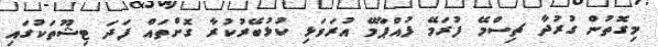
މިގޮތުން ގުރުދާ ޗިސްމޭ ފުރަމޭ ފުއްޕާމޭ އުރަވަޅި ކުޅުބޭރުކުރާ ގޮށްތައް ފަދަ ޓިޝޫތަކުގައި